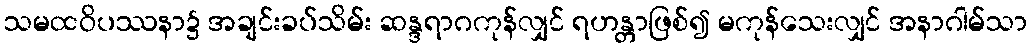
သမထဝိပဿနာ၌ အချင်းခပ်သိမ်း ဆန္ဒရာဂကုန်လျှင် ရဟန္တာဖြစ်၍ မကုန်သေးလျှင် အနာဂါမ်သာ